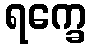
ရက္ခေ